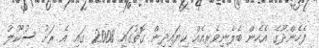
ފެހެންދޫގެ އެހެން ބެލެނިވެރިއެއް ކިޔައިދިން ގޮތުގައި 2008 ގައި އެ ރަށު ސުކޫލު